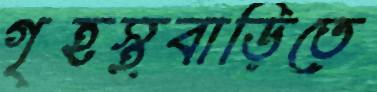
গৃহস্থবাড়িতে